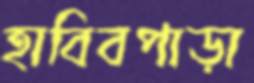
হাবিবপাড়া